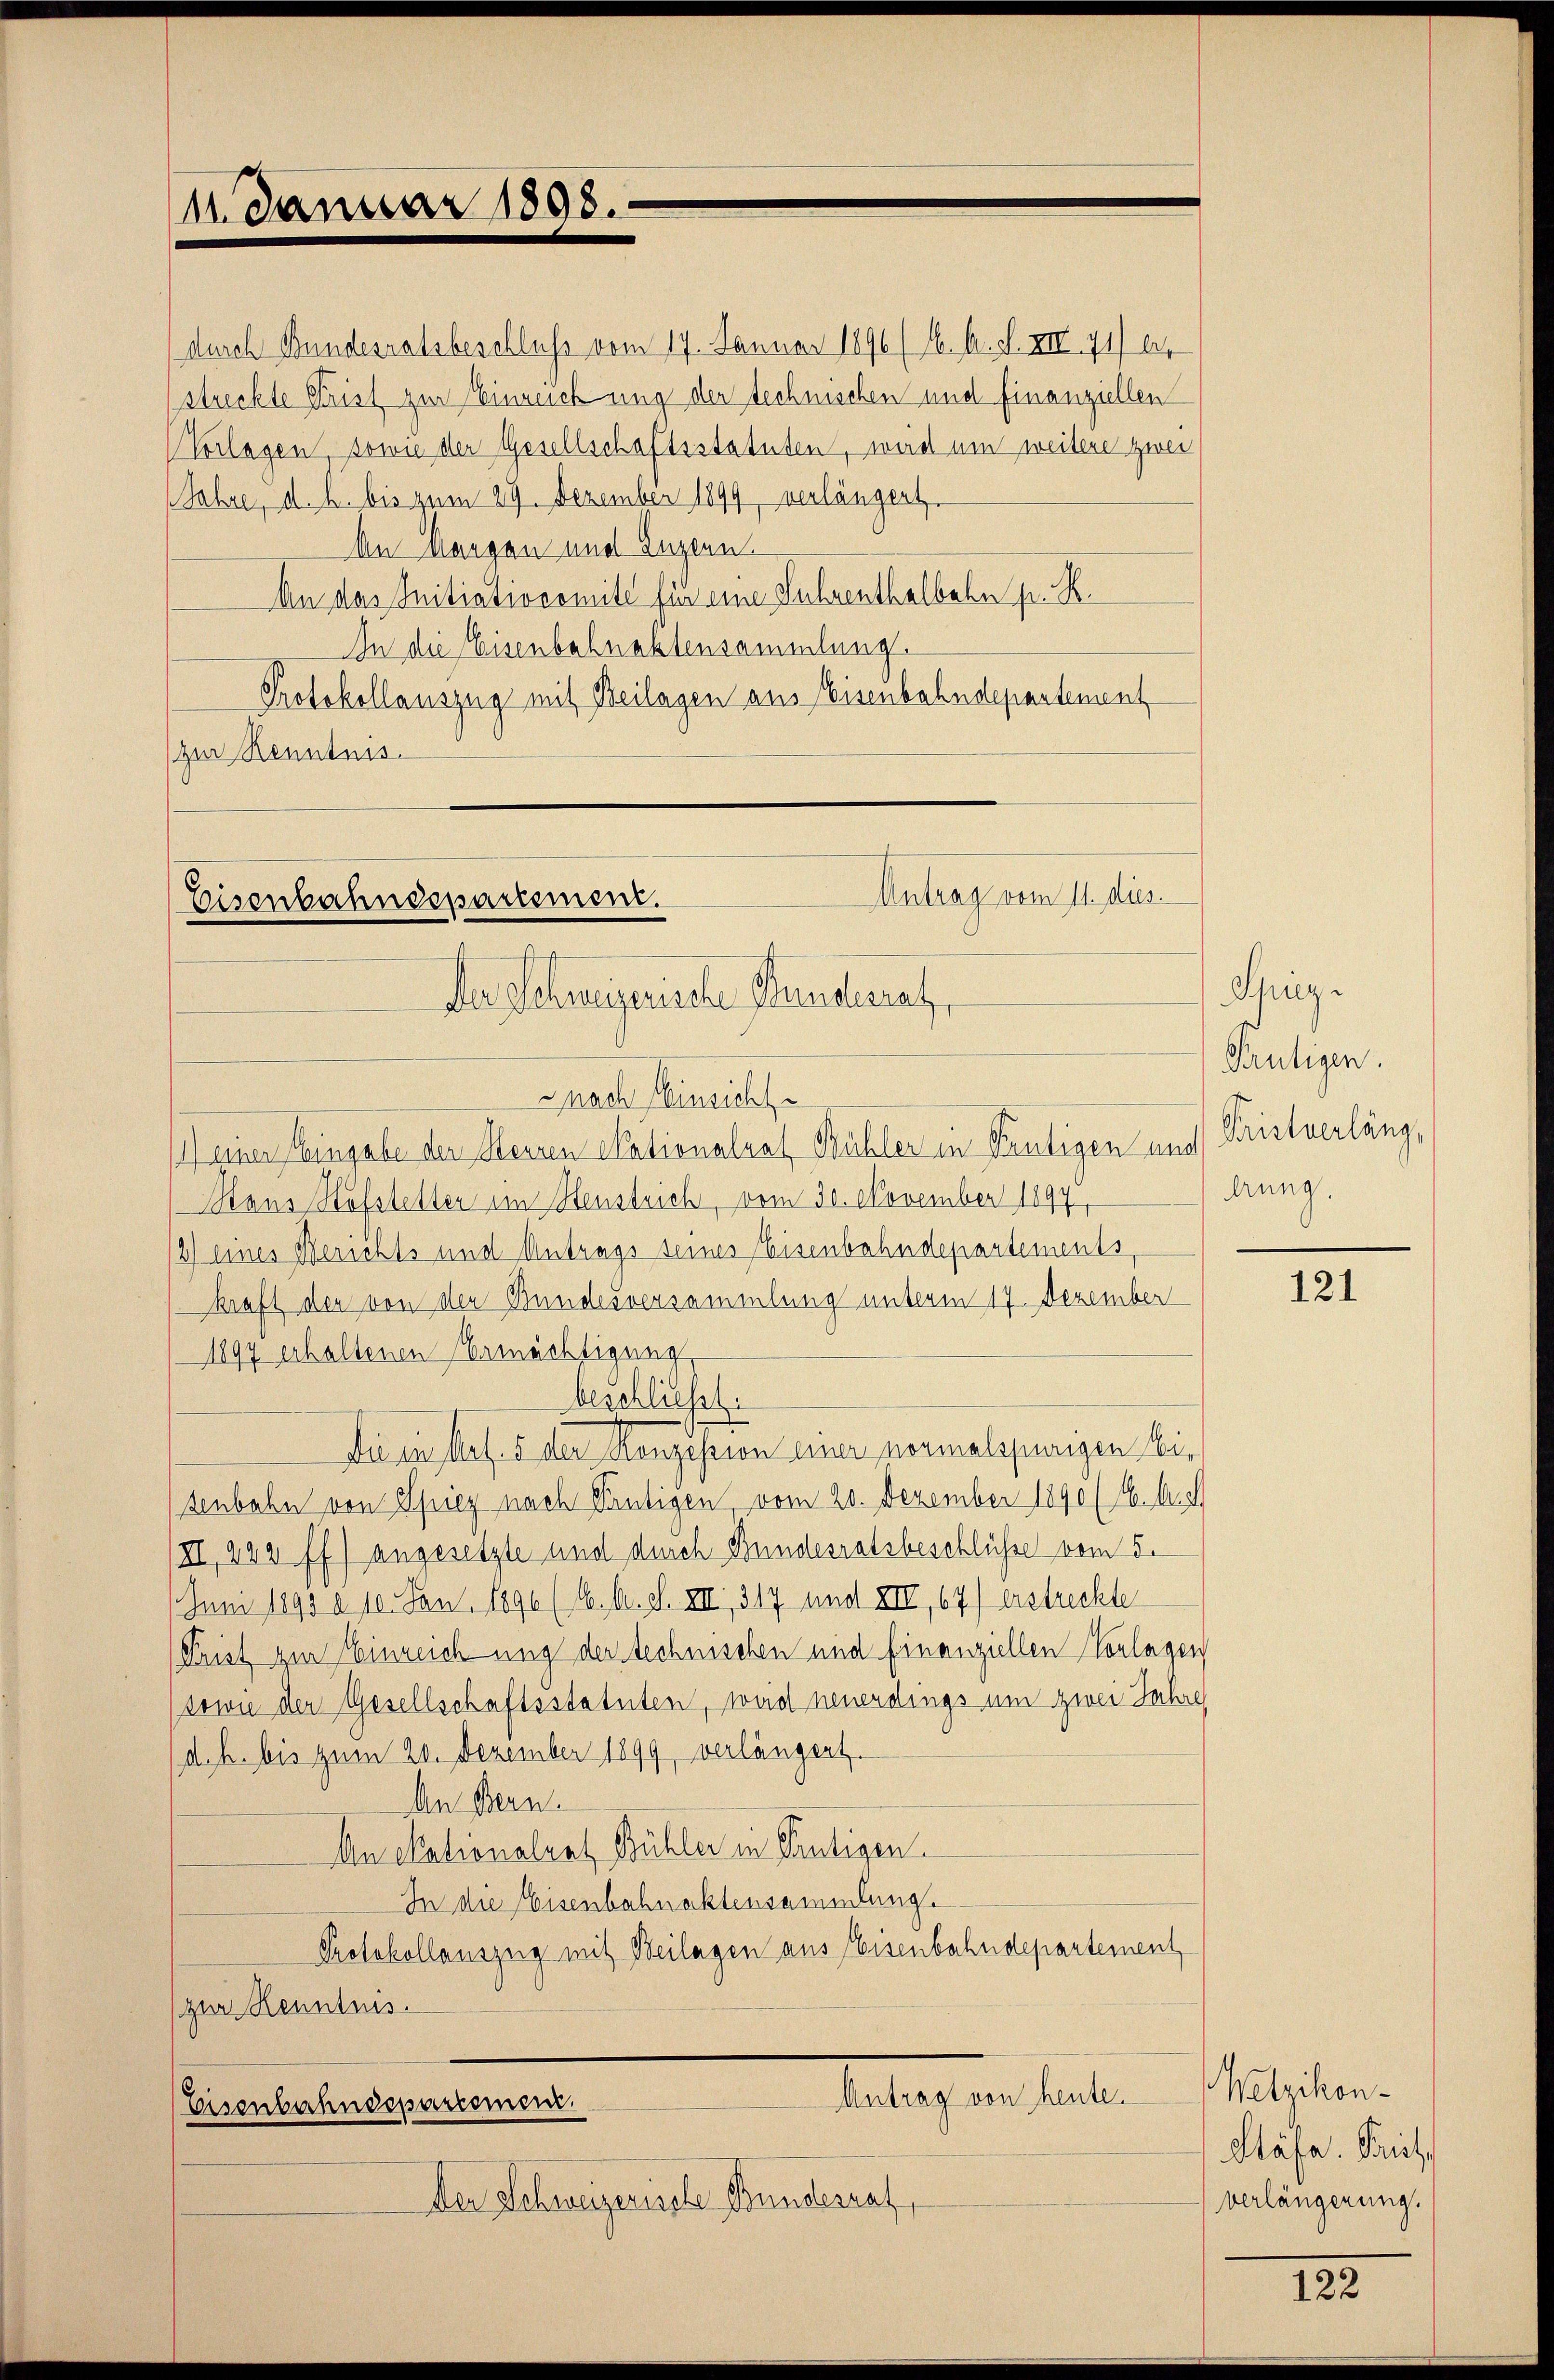
11. Januar 1898.

(durch Bundesratsbeschluß vom 17. Januar 1896 (1. A. S. XIII 71) ei
streckte Frist zur Einreichung der technischen und finanziellen
(Vorlagen sowie der Gesellschaftsstatuten, weich um weitere Zwei
Jahre, d. h. bis zum 29. Dezember 1899, verlängert.
An Mangen und Luzern
An das Initiatiocomité für eine Subventhalbahn pr. R.
An die Eisenbahnaktensammlung.
Protokollauszug mit Beilagen aus Eisenbahndepartement
zur Kenntnis.

Antrag vom 11. dies.
Eisenbahndepartement.
Der Schweizerische Stundesrath,
nach Hinsicht

1) einer Eingabe der Herren Skationalrat Bühler in Teutigen und
Mans Hofstetter im Stenstrich, vom 30. November 1897,
2) eines Berichts und Antrags seines Eisenbahndepartements
kraft der von den Bundesversammlung unterm 17. Dezember
1897 erhaltenen Ermächtigung
beschliesst.
Die in Art. 5 der Konzession einer normalspurigen beisenbahn von Spiez nach Peutigen, vom 20. Dezember 1890 (16. Auc
XI, 222 ff.) angesetzte und durch Bundesratsbeschlüsse vom 5.
Juni 1893 a. 10. Jan. 1896 (16. d. d. XII., 317 und XII, 67) erstrechte
Prist zur Einreichung der technischen und finanziellen Vorlagen
(sowie der Gesellschaftsstatuten, weid neuerdings um zwei Jahre,
d. h. bis zum 20. Dezember 1899, verlängert.
An Bern.
An Nationalrat Bühler in Trutigen
In die Eisenbahnaktensammlung.
Protokollauszug mit Beilagen aus Eisenbahndepartement
zur Kenntnis.
betrag der halten
Eisenbahndepartemen
Der Schweizerisste Bunderrat

Spize
Frutigen.
Pristverläng
drung.

121

Wetzikon-
Stäfa. Frits
verlängerung.

122